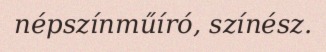
népszínműíró, színész.